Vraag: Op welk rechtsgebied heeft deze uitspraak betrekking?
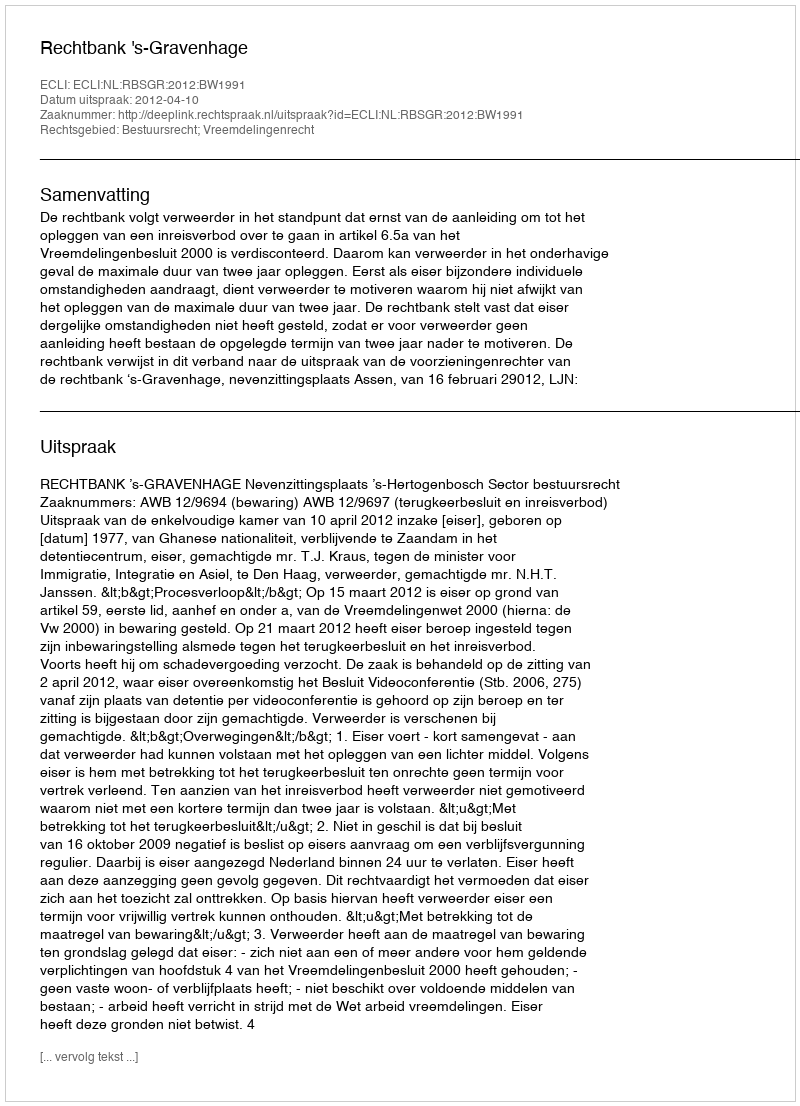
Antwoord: Bestuursrecht; Vreemdelingenrecht